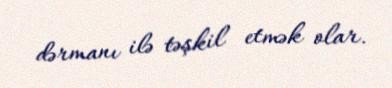
dərmanı ilə təşkil etmək olar.